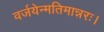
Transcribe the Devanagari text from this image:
वर्जयेन्मतिमान्नरः।